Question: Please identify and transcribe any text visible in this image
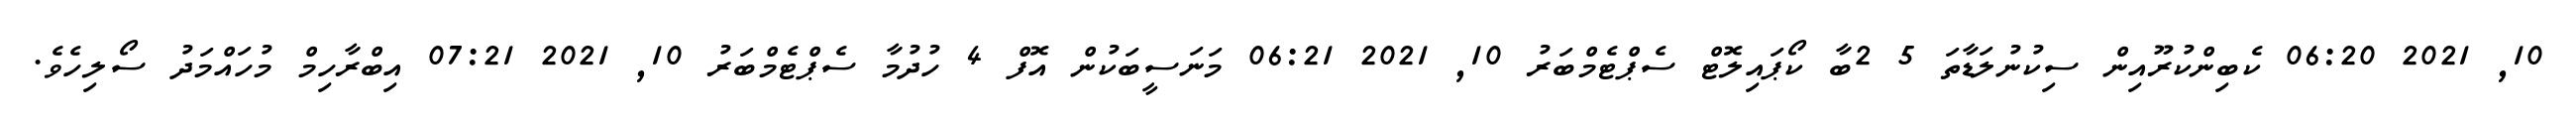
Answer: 10, 2021 06:20 ކެބިންކުރޫއިން ސިކުނުލަޑާތަ 5 2ބާ ކޯޕައިލޮޓް ސެޕްޓެމްބަރު 10, 2021 06:21 މަނަސީބަކުން އޮފް 4 ހުދުމާ ސެޕްޓެމްބަރު 10, 2021 07:21 އިބްރާހިމް މުހައްމަދު ސޯލިހެވެ.